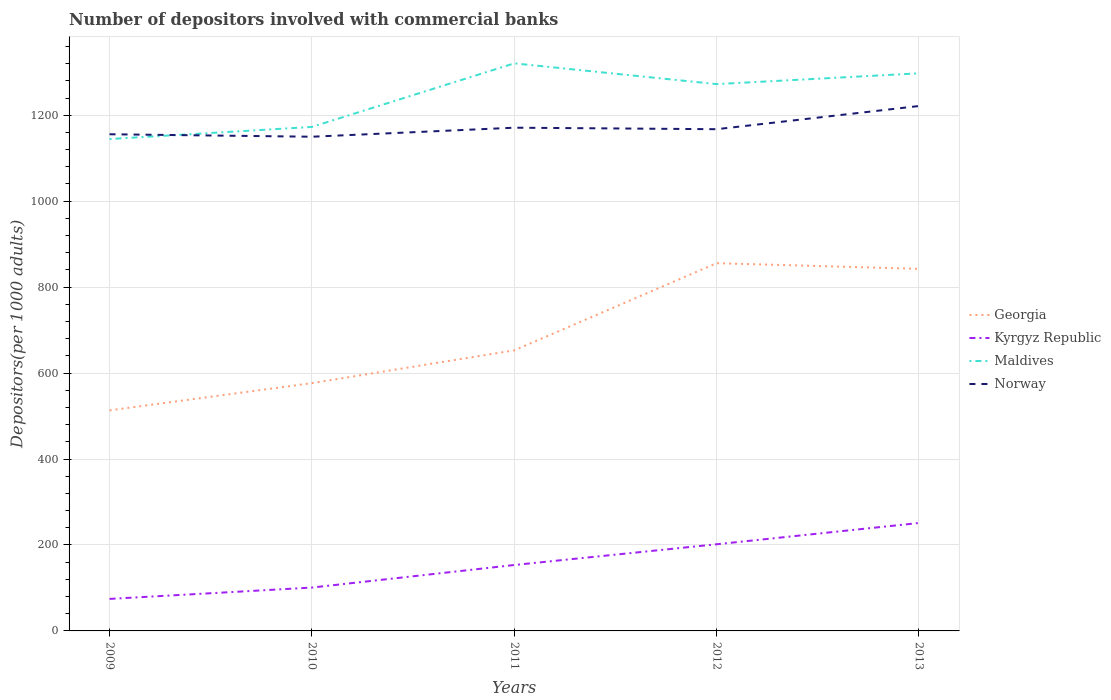
| Years | Georgia | Kyrgyz Republic | Maldives | Norway |
 | --- | --- | --- | --- | --- |
 | 2009 | 513 | 74.5 | 1.14e+03 | 1.16e+03 |
 | 2010 | 577 | 101 | 1.17e+03 | 1.15e+03 |
 | 2011 | 653 | 153 | 1.32e+03 | 1.17e+03 |
 | 2012 | 856 | 202 | 1.27e+03 | 1.17e+03 |
 | 2013 | 843 | 251 | 1.3e+03 | 1.22e+03 |